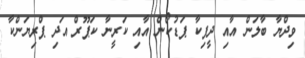
ވިދްޔާ ބާލަން އާއި ދީޕިކާ ޕަޑުކޯން އާއި ކަރީނާ ކަޕޫރް އަދި ޕްރިޔަންކާ